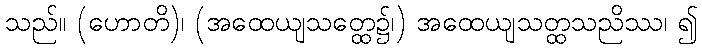
သည်။ (ဟောတိ)၊ (အထေယျသတ္ထေ၌၊) အထေယျသတ္ထသညိဿ၊ ၍